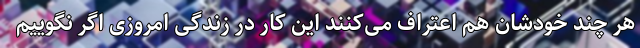
هر چند خودشان هم اعتراف می‌کنند این کار در زندگی امروزی اگر نگوییم